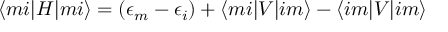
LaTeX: \langle m i | H | m i \rangle = ( \epsilon _ { m } - \epsilon _ { i } ) + \langle m i | V | i m \rangle - \langle i m | V | i m \rangle